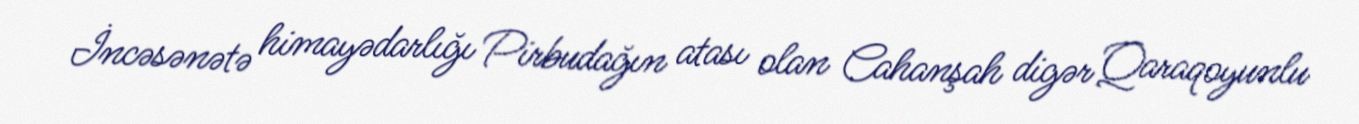
İncəsənətə himayədarlığı Pirbudağın atası olan Cahanşah digər Qaraqoyunlu